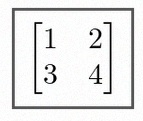
\begin{bmatrix}1&2\\3&4\end{bmatrix}